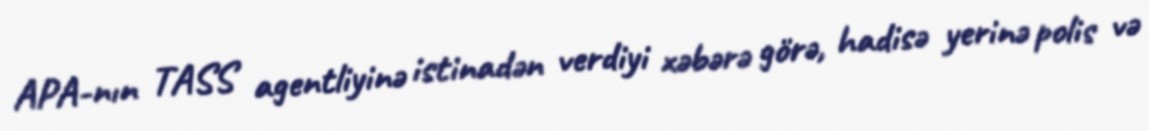
APA-nın TASS agentliyinə istinadən verdiyi xəbərə görə, hadisə yerinə polis və